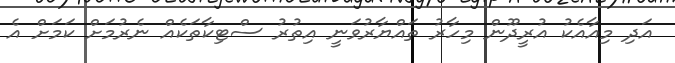
އަދި މިއާއެކު އުރީދޫން މިހާރު ތައްޔާރުވަނީ އިތުރު ސްޓިކާތަކެއް ނެރުމަށް ކަމަށް އެ